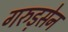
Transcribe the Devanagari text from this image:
गरुड़सेन